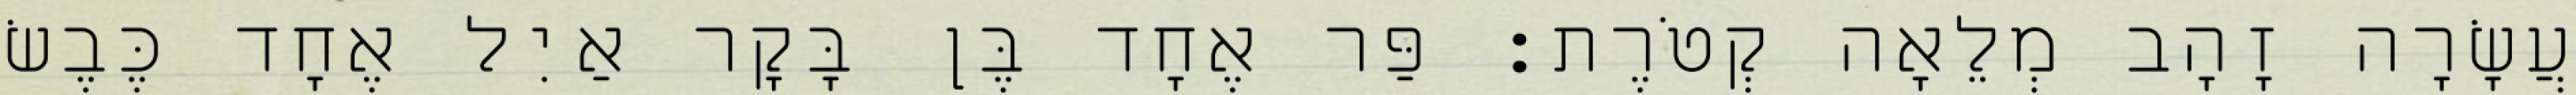
עֲשָׂרָה זָהָב מְלֵאָה קְטֹרֶת׃ פַּר אֶחָד בֶּן בָּקָר אַיִל אֶחָד כֶּבֶשׂ